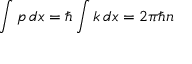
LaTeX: \int p \, d x = \hbar \int k \, d x = 2 \pi \hbar n